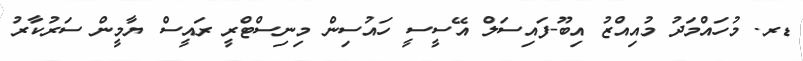
ޑރ. މުހައްމަދު މުއިއްޒު އިބޫ-ފައިސަލް އޭސީސީ ހައުސިން މިނިސްޓްރީ ރައީސް ޔާމީން ސަރުކާރު